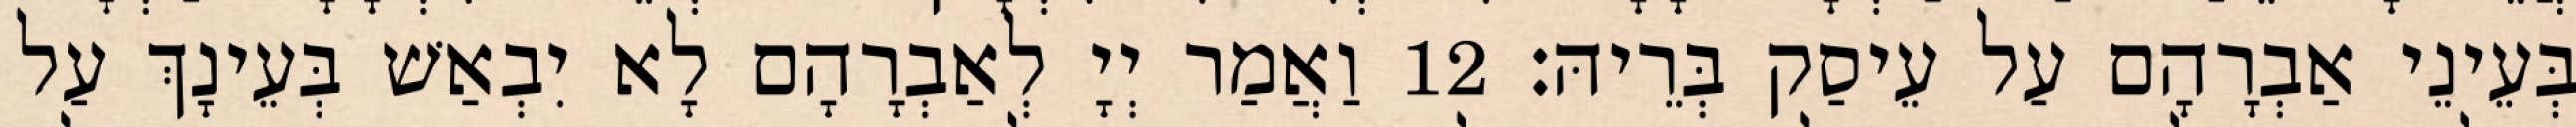
בְּעֵינֵי אַבְרָהָם עַל עֵיסַק בְּרֵיהּ׃ 12 וַאֲמַר יְיָ לְאַבְרָהָם לָא יִבְאַשׁ בְּעֵינָךְ עַל